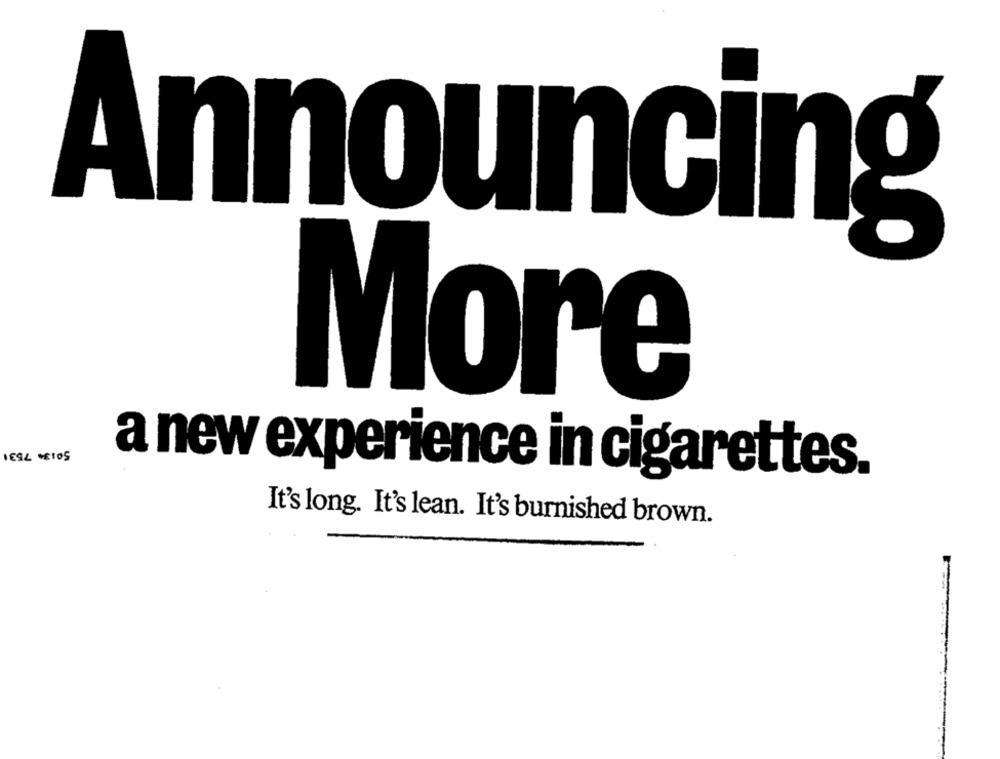
Announcing
More
a new experience in cigarettes.
It's long. It's lean. It's burnished brown.